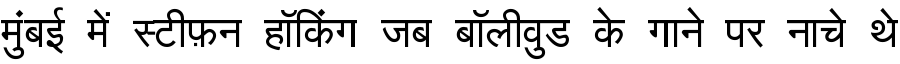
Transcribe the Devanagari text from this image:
मुंबई में स्टीफ़न हॉकिंग जब बॉलीवुड के गाने पर नाचे थे